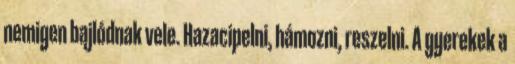
nemigen bajlódnak vele. Hazacipelni, hámozni, reszelni. A gyerekek a